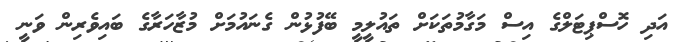
އަދި ހޮސްޕިޓަލްގެ އިސް މަގާމުތަކަށް ތައުލީމީ ބޭފުޅުން ގެނައުމަށް މުޒާހަރާގެ ބައިވެރިން ވަނީ